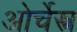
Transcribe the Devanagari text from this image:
ओर्चेस्त्र